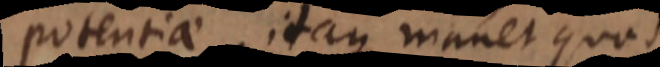
potentiae, itaque manet quod